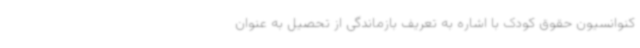
کنوانسیون حقوق کودک با اشاره به تعریف بازماندگی از تحصیل به عنوان